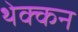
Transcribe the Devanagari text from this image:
थेक्कन